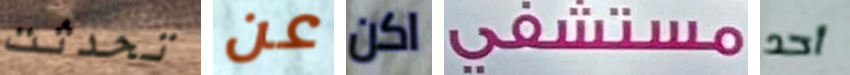
تحدثت عن اكن مستشفى أحد